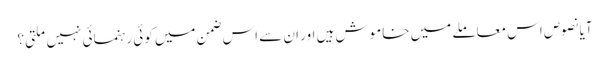
آیا نصوص اس معاملے میں خاموش ہیں اور ان سے اس ضمن میں کوئی رہنمائی نہیں ملتی؟